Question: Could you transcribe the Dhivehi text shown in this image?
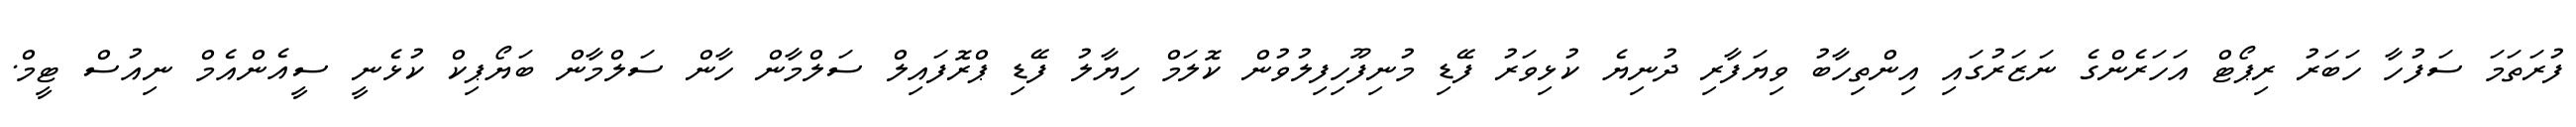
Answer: ފުރަތަމަ ސަފުހާ ހަބަރު ރިޕޯޓް އަހަރެންގެ ނަޒަރުގައި އިންތިހާބު ވިޔަފާރި ދުނިޔެ ކުޅިވަރު ފޭޑި މުނިފޫހިފިލުވުން ކޮލަމް ހިޔާލު ފޭޑި ޕްރޮފައިލް ސަލްމާން ހާން ސަލްމާން ބަޔޯޕިކް ކުޅެނީ ސީއެންއެމް ނިއުސް ޓީމް.